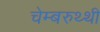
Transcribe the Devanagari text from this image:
चेम्बरुथ्थी